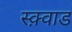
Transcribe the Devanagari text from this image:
स्क़्वाड